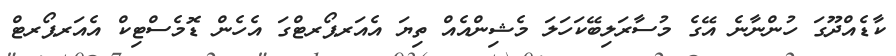
ކާޑެއްދޫގަ ހުންނާނެ އޭގެ މުސާރަލިބޭކަހަލަ މެޝިންއެއް ތިޔަ އެއަރޕޯރޓްގަ އެހެން ޑޮމެސްޓިކް އެއަރޕޯރޓް